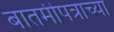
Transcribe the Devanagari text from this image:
बातमीपत्राच्या